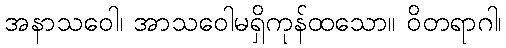
အနာသဝေါ၊ အာသဝေါမရှိကုန်ထသော။ ဝိတရာဂါ၊